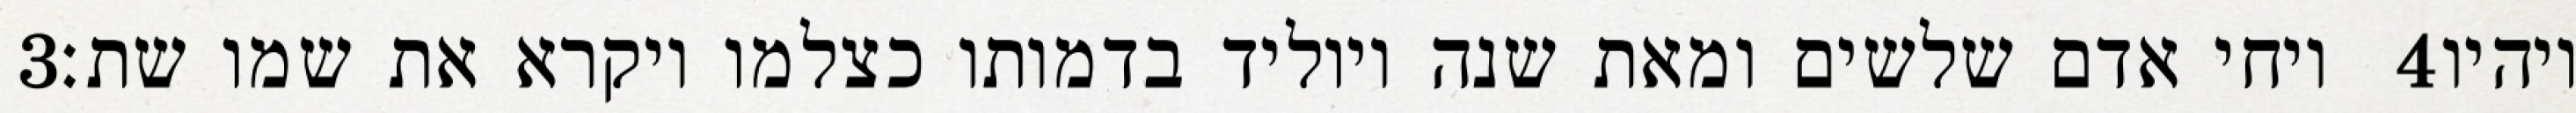
‎3‏ ויחי אדם שלשים ומאת שנה ויוליד בדמותו כצלמו ויקרא את שמו שת׃ ‎4‏ ויהיו